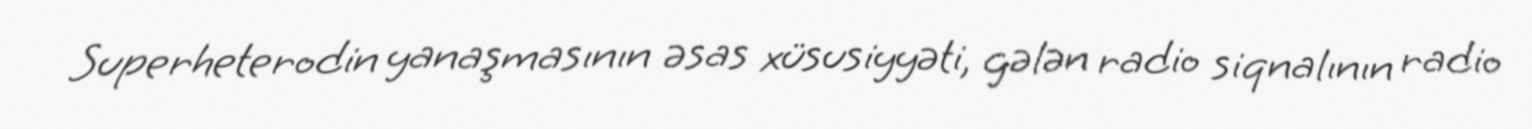
Superheterodin yanaşmasının əsas xüsusiyyəti, gələn radio siqnalının radio